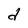
Character: d